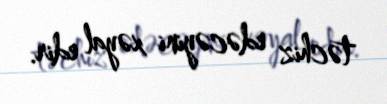
təchiz edəcəyini xəyal edir.